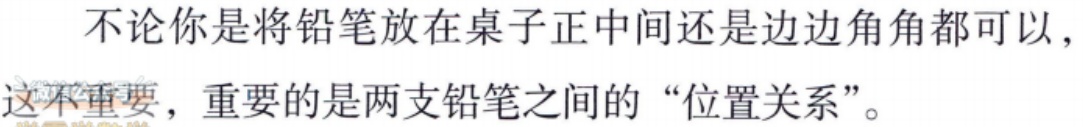
不论你是将铅笔放在桌子正中间还是边边角角都可以，这不重要，重要的是两支铅笔之间的“位置关系”。